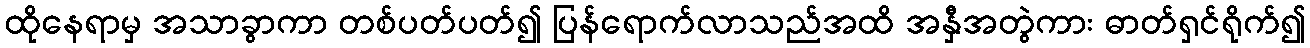
ထိုနေရာမှ အသာခွာကာ တစ်ပတ်ပတ်၍ ပြန်ရောက်လာသည်အထိ အနှီအတွဲကား ဓာတ်ရှင်ရိုက်၍